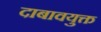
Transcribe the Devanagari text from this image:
दाबावयुक्त